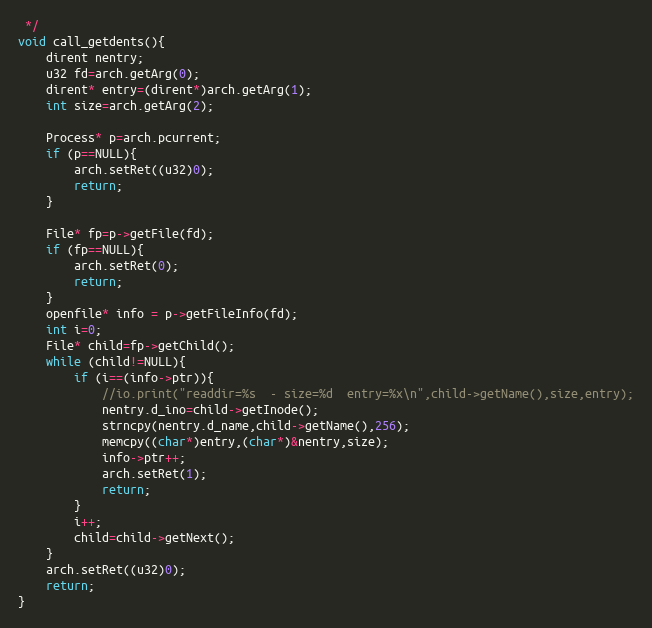
Language: C++
 */
void call_getdents(){
	dirent nentry;
	u32 fd=arch.getArg(0);
	dirent* entry=(dirent*)arch.getArg(1);
	int size=arch.getArg(2);

	Process* p=arch.pcurrent;
	if (p==NULL){
		arch.setRet((u32)0);
		return;
	}

	File* fp=p->getFile(fd);
	if (fp==NULL){
		arch.setRet(0);
		return;
	}
	openfile* info = p->getFileInfo(fd);
	int i=0;
	File* child=fp->getChild();
	while (child!=NULL){
		if (i==(info->ptr)){
			//io.print("readdir=%s  - size=%d  entry=%x\n",child->getName(),size,entry);
			nentry.d_ino=child->getInode();
			strncpy(nentry.d_name,child->getName(),256);
			memcpy((char*)entry,(char*)&nentry,size);
			info->ptr++;
			arch.setRet(1);
			return;
		}
		i++;
		child=child->getNext();
	}
	arch.setRet((u32)0);
	return;
}